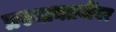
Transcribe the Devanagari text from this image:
प्रस्थानत्रयींवर